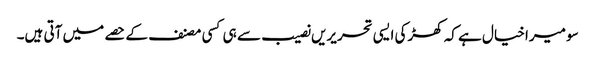
سو میرا خیال ہے کہ کھڑکی ایسی تحریریں نصیب سے ہی کسی مصنف کے حصے میں آتی ہیں۔